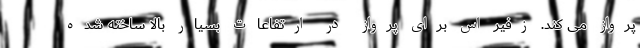
پرواز می کند. زفیر اس برای پرواز در ارتفاعات بسیار بالا ساخته شده